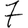
Digit: 7